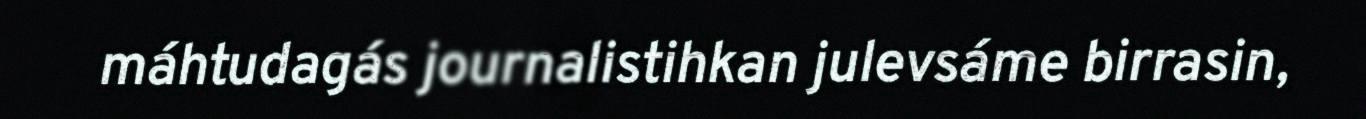
máhtudagás journalistihkan julevsáme birrasin,